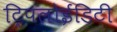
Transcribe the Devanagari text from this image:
ट्रिपलोईडिटी